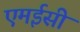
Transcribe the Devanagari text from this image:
एमईसी